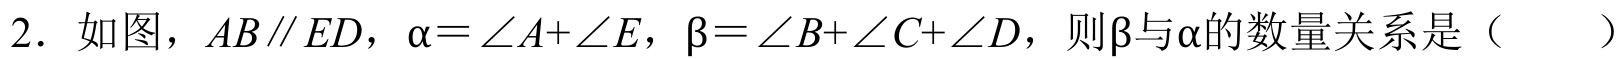
2. 如图，$AB\parallel ED$，$\alpha=\angle A + \angle E$，$\beta=\angle B+\angle C+\angle D$，则$\beta$与$\alpha$的数量关系是（  ）